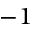
- 1